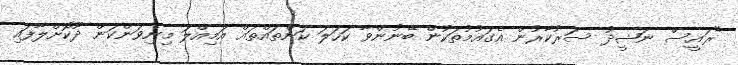
"ރައީސް ނަޝީދު ސަރުކާރުން އެގައުމުތަކުން ބޭނުންވާ ކަހަލަ ކަންތައްތައް އަމިއްލަ މިނިވަންކަން ދޫކޮށްލާފައި